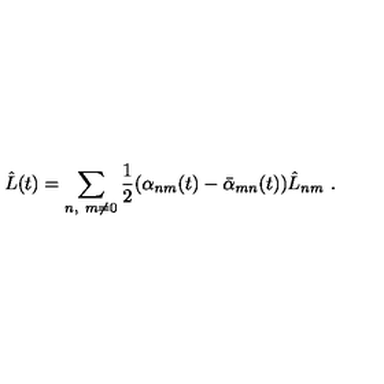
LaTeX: \hat { L } ( t ) = \sum _ { n , \ m \neq 0 } { \frac { 1 } { 2 } } ( \alpha _ { n m } ( t ) - \bar { \alpha } _ { m n } ( t ) ) \hat { L } _ { n m } \ .